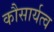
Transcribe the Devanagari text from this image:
कौसार्यत्व